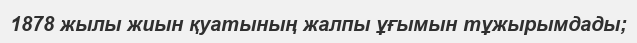
1878 жылы жиын қуатының жалпы ұғымын тұжырымдады;